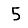
Digit: 5